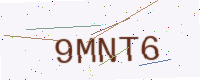
Text: 9MNT6